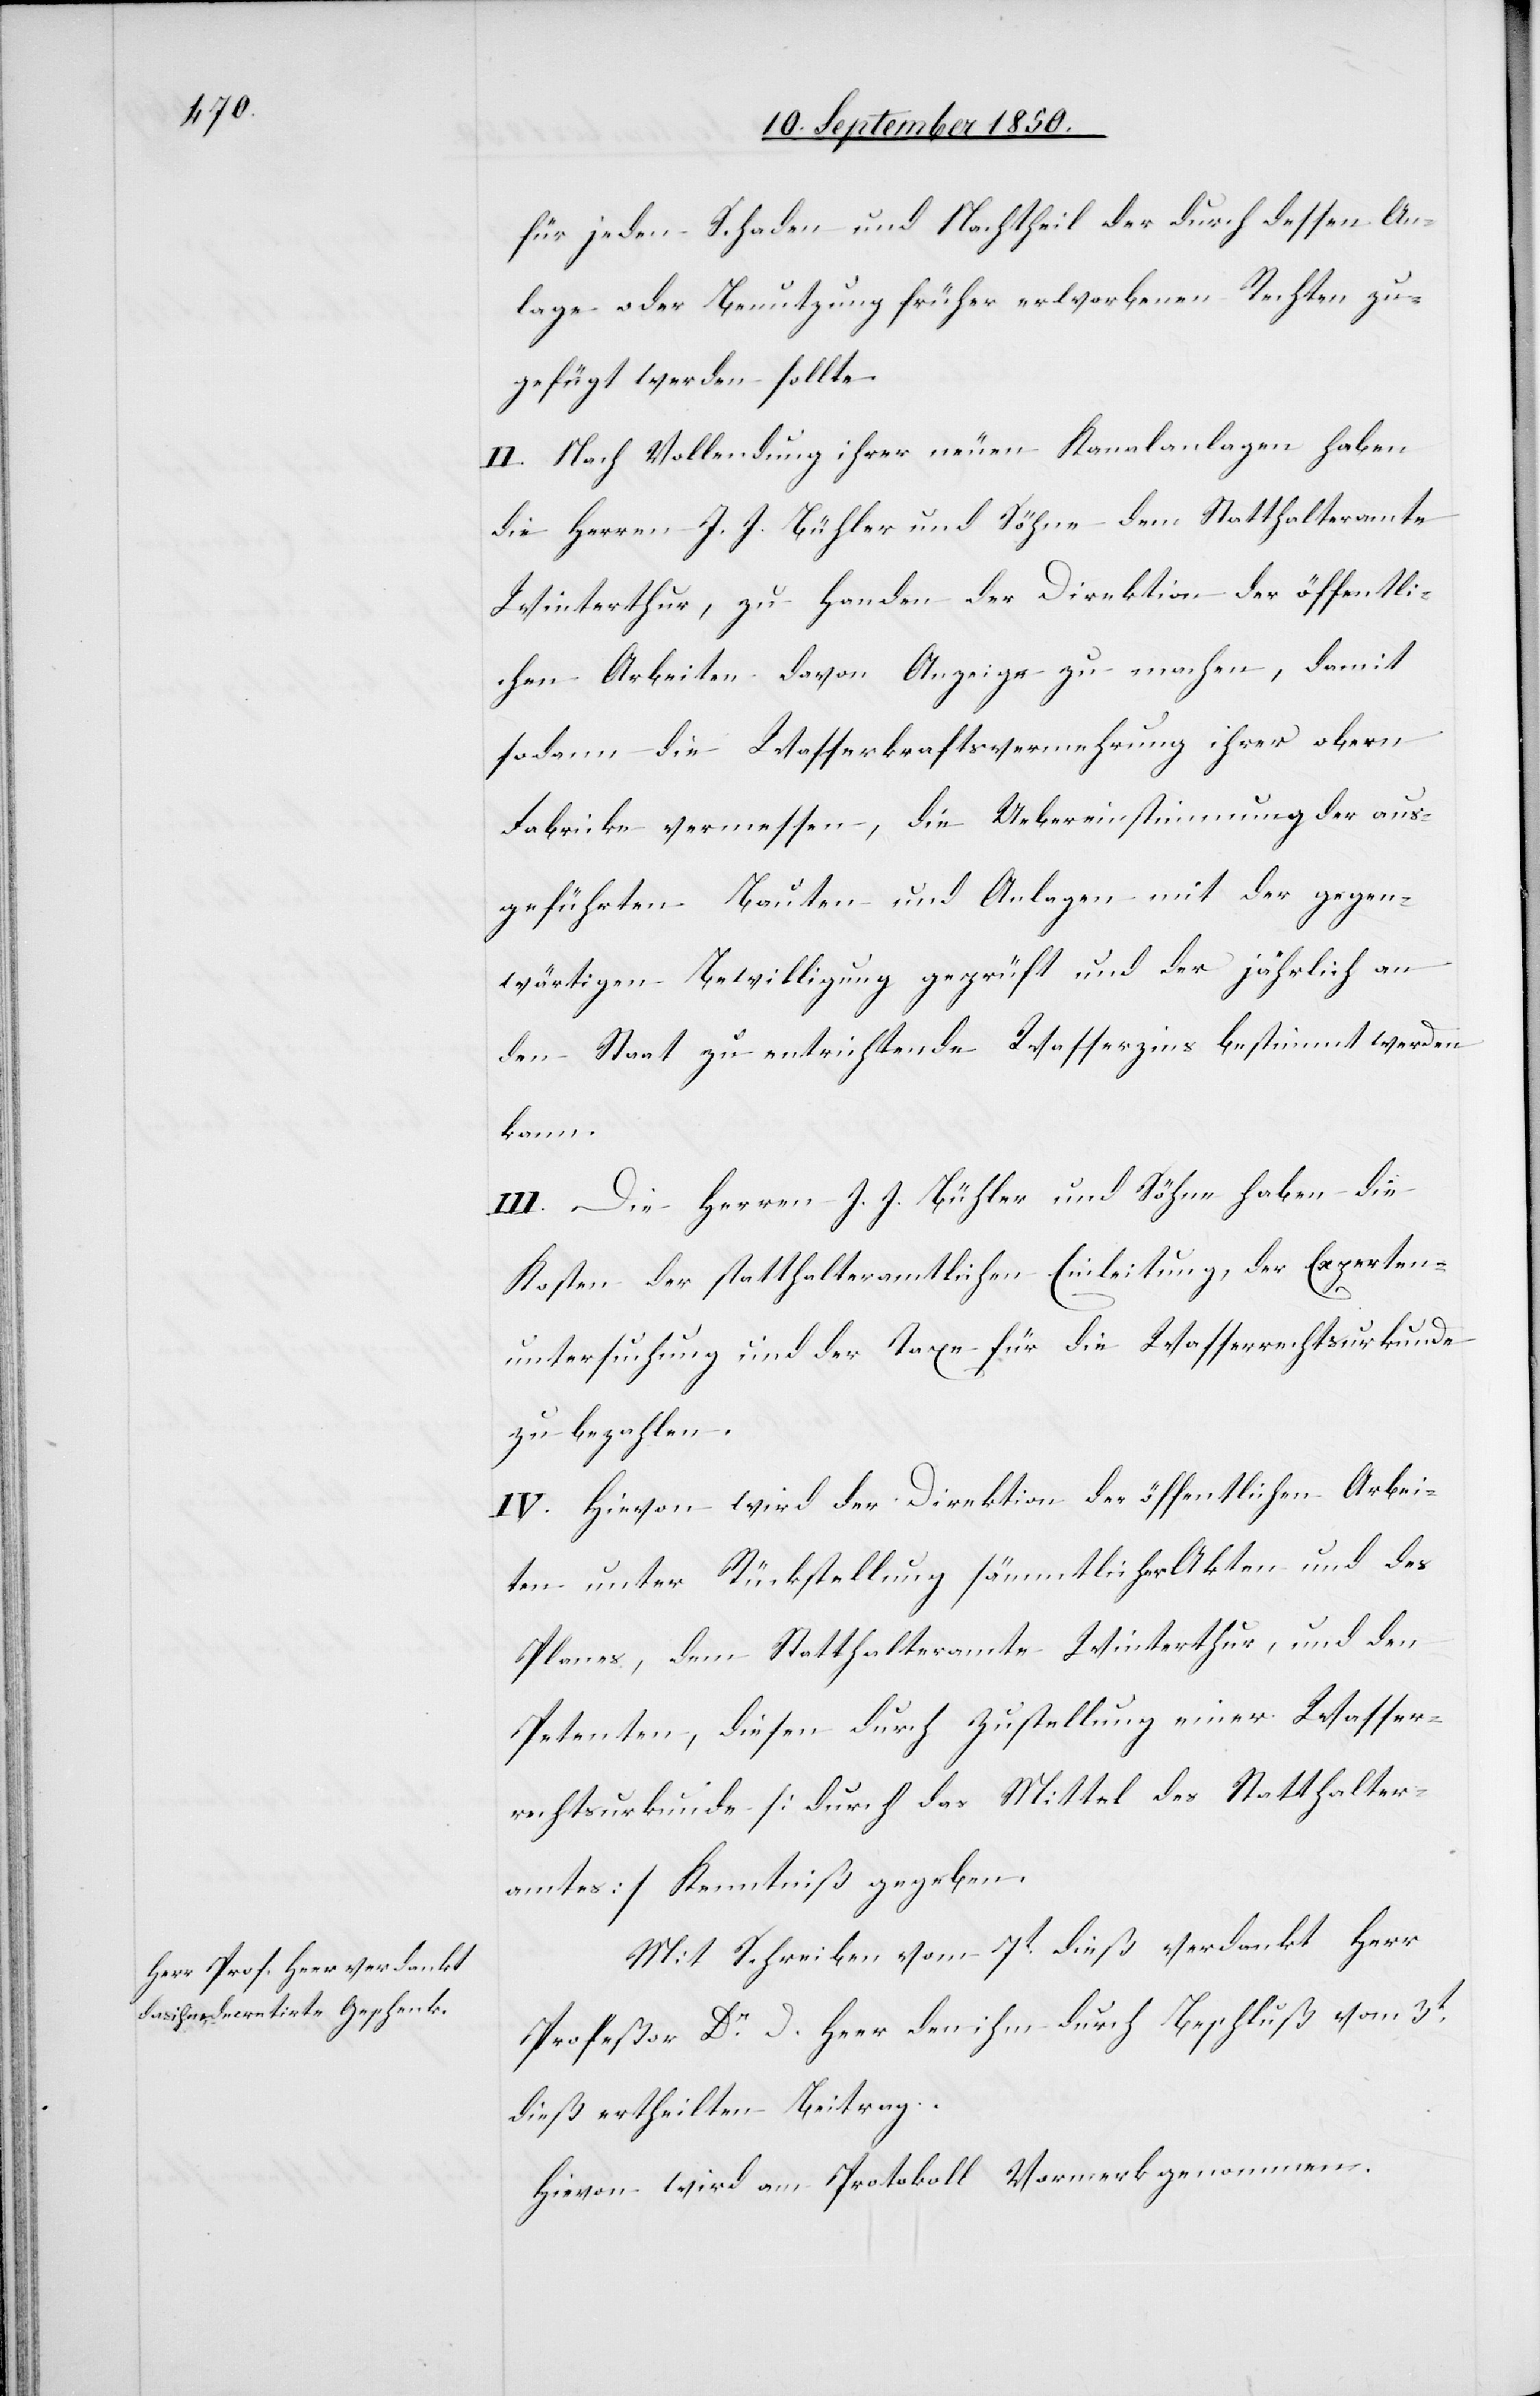
für jeden Schaden und Nachtheil der durch dessen An¬
lage oder Benutzung früher erworbenen Rechten zu¬
gefügt werden sollte.
II. Nach Vollendung ihrer neuen Kanalanlagen haben
die Herren J. J. Bühler und Söhne dem Statthalteramte
Winterthur, zu Handen der Direktion der öffentli¬
chen Arbeiten davon Anzeige zu machen, damit
sodann die Wasserkraftsvermehrung ihrer obern
Fabricke vermessen, die Uebereinstimmung der aus¬
geführten Bauten und Anlagen mit der gegen¬
wärtigen Bewilligung geprüft und der jährlich an
den Staat zu entrichtende Wasserzins bestimmt werden
kann.
III. Die Herren J. J. Bühler und Söhne haben die
Kosten der statthalteramtlichen Einleitung, der Experten¬
untersuchung und der Taxe für die Wasserrechtsurkunde
zu bezahlen.
IV. Hievon wird der Direktion der öffentlichen Arbei¬
ten unter Rückstellung sämmtlicher Akten und des
Planes, dem Statthalteramte Winterthur, und den
Petenten, diesen durch Zustellung einer Wasser¬
rechtsurkunde [durch das Mittel des Statthalter¬
amtes] Kenntniß gegeben.
Mit Schreiben vom 7t dieß verdankt Herr
Profeßor Dr D. Heer den ihm durch Beschluß vom 3t
dieß ertheilten Beitrag.
Hievon wird am Protokoll Vormerk genommen.